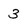
Character: 3